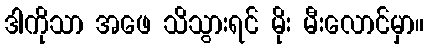
ဒါကိုသာ အဖေ သိသွားရင် မိုး မီးလောင်မှာ။